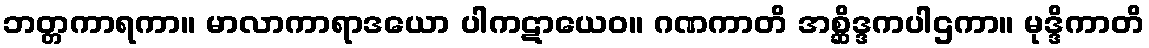
ဘတ္တကာရကာ။ မာလာကာရာဒယော ပါကဋာယေဝ။ ဂဏကာတိ အစ္ဆိဒ္ဒကပါဌကာ။ မုဒ္ဒိကာတိ